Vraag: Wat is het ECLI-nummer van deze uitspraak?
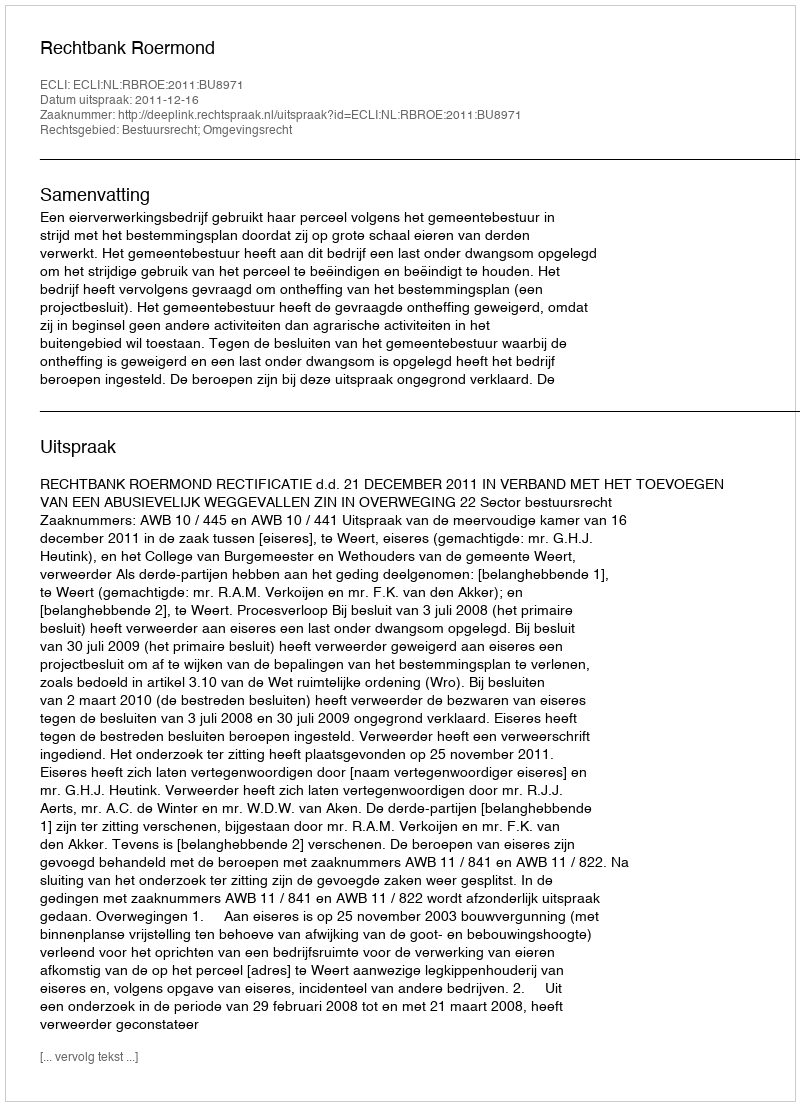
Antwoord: ECLI:NL:RBROE:2011:BU8971